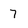
Character: 7